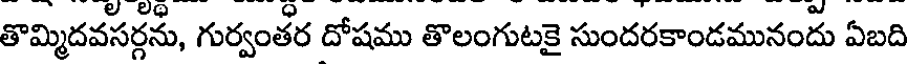
తొమ్మిదవసర్గను, గుర్వంతర దోషము తొలంగుటకై సుందరకాండమునందు ఏబది